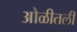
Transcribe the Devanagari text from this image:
ओळीतली